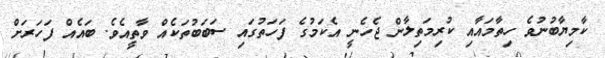
ކާމިޔާބުނުވެ ހިތާމައާއި ކުރިމަތިލާން ޖެހެނީ އެކަމުގެ ފަހަތުގައި ސަބަބުތަކެއް ވާތީއެވެ. ބައެއް ފަހަރަށް